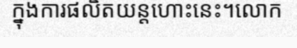
ក្នុងការផលិតយន្តហោះនេះ។លោក